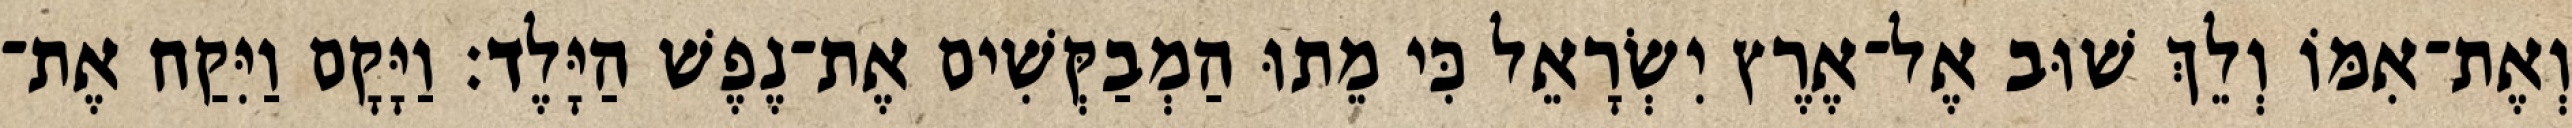
וְאֶת־אִמּוֹ וְלֵךְ שׁוּב אֶל־אֶרֶץ יִשְׂרָאֵל כִּי מֵתוּ הַמְבַקְּשִׁים אֶת־נֶפֶשׁ הַיָּלֶד׃ וַיָּקָם וַיִּקַח אֶת־